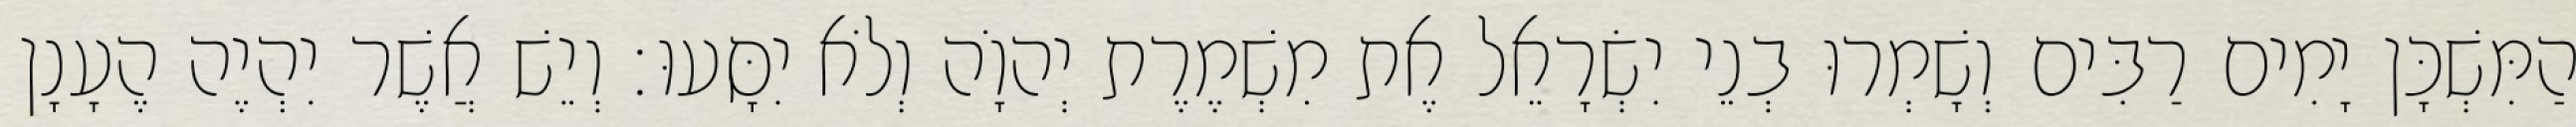
הַמִּשְׁכָּן יָמִים רַבִּים וְשָׁמְרוּ בְנֵי יִשְׂרָאֵל אֶת מִשְׁמֶרֶת יְהוָֹה וְלֹא יִסָּעוּ׃ וְיֵשׁ אֲשֶׁר יִהְיֶה הֶעָנָן